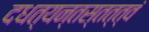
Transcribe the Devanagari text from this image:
दधत्यन्तस्तत्त्वं